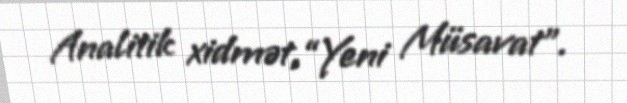
Analitik xidmət,“Yeni Müsavat”.